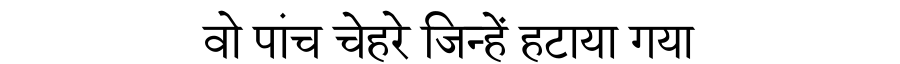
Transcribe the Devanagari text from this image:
वो पांच चेहरे जिन्हें हटाया गया